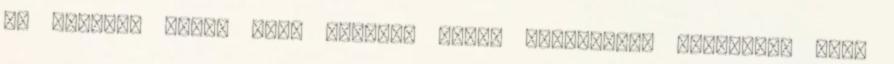
ki belőle. -Csit csit csiiit. Nyugi szépségem. Nemsokára vége